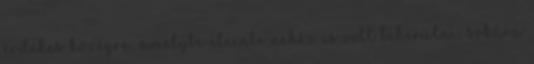
érdekes közegre, amelybe eleinte nehéz is volt bekerülni, sokára